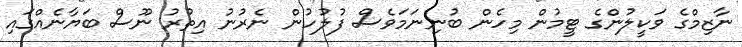
ނާޒިމްގެ ވަކީލުންގެ ޓީމުން މިހެން ބުނިނަމަވެސް ފުލުހުން ނެރުނު އިތުރު ނޫސް ބަޔާނެއްގައި